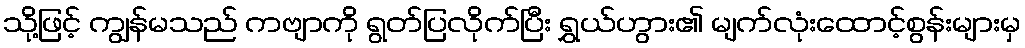
သို့ဖြင့် ကျွန်မသည် ကဗျာကို ရွတ်ပြလိုက်ပြီး ရွှယ်ဟွား၏ မျက်လုံးထောင့်စွန်းများမှ